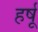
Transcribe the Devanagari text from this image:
हर्षू